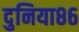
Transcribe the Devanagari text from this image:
दुनिया८६